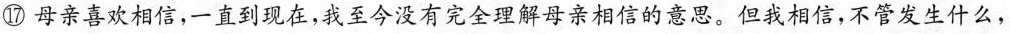
⑰母亲喜欢相信，一直到现在，我至今没有完全理解母亲相信的意思。但我相信，不管发生什么，